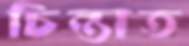
চিন্তাত